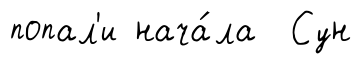
попал'и нача́ла Сун